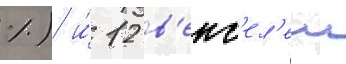
%) и́ 12 в'екс'ел'еи